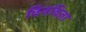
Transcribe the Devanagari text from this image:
विनविता